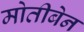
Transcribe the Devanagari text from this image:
मोतीबेन